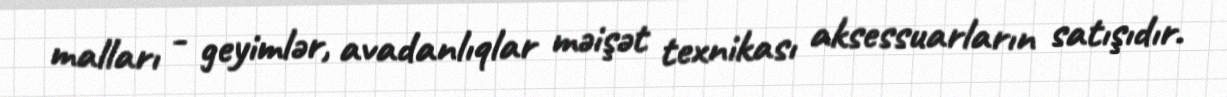
malları - geyimlər, avadanlıqlar məişət texnikası aksessuarların satışıdır.